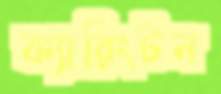
ক্যারিংটন